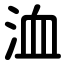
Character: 洫